Annual administration report of the Civil Veterinary Department of India - 1894-1895
Year: 1894
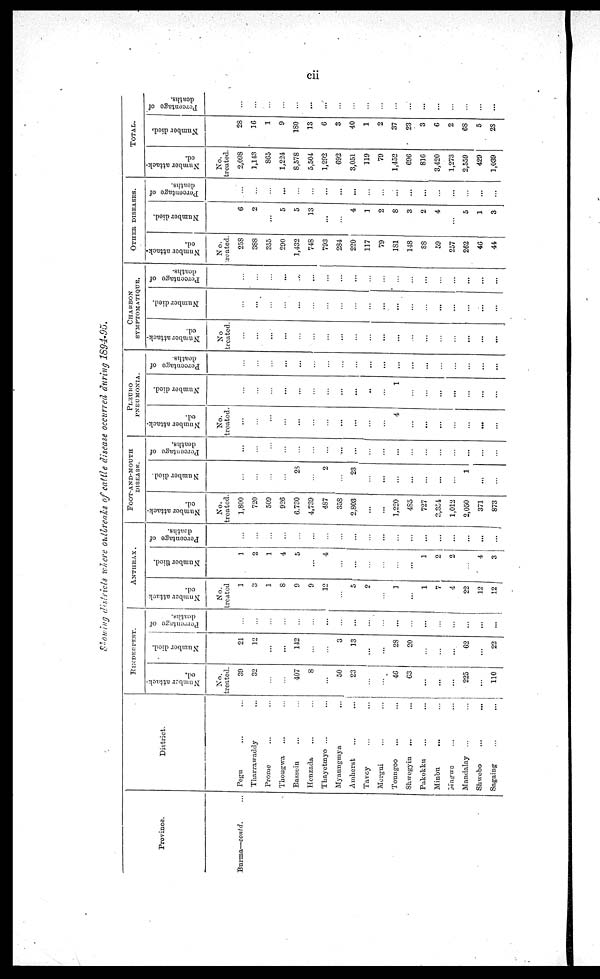
cii
Showing districts where oulbreaks of cattle disease occurred during 1894-95.
Province.
Burma—contd. ...
District.
Pegu...
Tharrawaddy...
Prome ... ...
Thongwa ... ...
Bassein ...
Henzada ... ...
Thayetmyo ... ...
Myaungmya
...
Amherst ... ...
Tavoy ... ...
Mergui ... ...
Toungoo ... ...
Shwegyin
...
...
Pakokku
...
...
Minbu
... ...
Magrwo ... ...
Mandalay ... ...
Shwebo
...
...
Sagaing
...
...
RINDERPEST.
Number attack¬
ed.
No.
treated.
39
32
...
...
407
8
...
50
23
...
...
46
63
...
...
...
225
...
110
Number died.
21
12
...
...
142
...
...
3
13
...
...
28
20
...
...
...
62
...
22
Percentage of
deaths.
...
...
...
...
...
...
...
...
...
...
...
...
...
...
...
...
...
...
...
ANTHRAX.
Number attack¬
ed.
No.
treated
1
3
1
8
9
9
12
...
5
2
...
1
...
1
7
4
22
12
12
Number died.
1
2
1
4
5
...
4
...
...
...
...
...
...
1
2
2
...
4
3
Percentage of
deaths.
...
...
...
...
...
...
...
...
...
...
...
...
...
...
...
...
...
...
...
FOOT-AND-MOUTH
DISEASE.
Number attack-
ed.
No.
treated.
1,800
720
509
926
6.730
4,739
487
358
2,803
...
...
1,220
485
727
3,354
1,012
2,050
371
873
Number died.
...
...
...
...
28
...
2
...
23
...
...
...
...
...
...
...
1
...
...
Percentage of
deaths.
...
...
...
...
...
...
...
...
...
...
...
...
...
...
...
...
...
...
...
PLEURO
PNEUMONIA.
Number attack-
ed.
No.
treated.
...
...
...
...
...
...
...
...
...
...
...
4
...
...
...
...
...
...
...
Number died.
...
...
...
...
...
...
...
...
...
..
...
1
...
...
...
...
...
...
...
Percentage of
deaths.
...
...
...
...
...
...
...
...
...
...
...
...
...
...
...
...
...
...
...
CHARBON
STMPTOMATIQUE.
Number attack-
ed.
No
treated.
...
...
...
...
...
...
...
...
...
...
...
...
...
...
...
...
...
...
...
Number died.
...
...
...
...
...
...
...
...
...
...
...
...
...
...
...
...
...
...
...
Percentage of
deaths.
...
...
...
...
...
...
...
...
...
...
...
...
...
...
...
...
...
...
...
OTHER
DISEASES.
Number attack¬
ed.
No.
created.
258
388
355
290
1,432
748
793
284
220
117
79
181
148
88
59
257
262
46
44
Number died.
6
2
...
5
5
13
...
...
4
1
2
8
3
2
4
...
5
1
3
Percentage of
deaths.
...
...
...
...
...
...
...
...
...
...
...
...
...
...
...
...
...
...
...
TOTAL.
Number attack-
ed.
No.
treated.
2,098
1,143
865
1,224
S,578
5,504
1,292
692
3,051
119
79
1,452
696
816
3,420
1,273
2,559
429
1,039
Number died.
28
16
1
9
180
13
6
3
40
1
2
37
23
3
6
2
68
5
28
Percentage of
deaths.
...
...
...
...
...
...
...
...
...
...
...
...
...
...
...
...
...
...
...